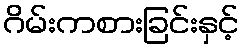
ဂိမ်းကစားခြင်းနှင့်